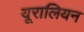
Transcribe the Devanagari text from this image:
यूरालियन